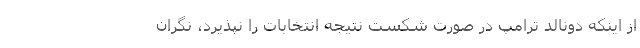
از اینکه دونالد ترامپ در صورت شکست نتیجه انتخابات را نپذیرد، نگران